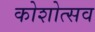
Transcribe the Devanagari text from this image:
कोशोत्सव